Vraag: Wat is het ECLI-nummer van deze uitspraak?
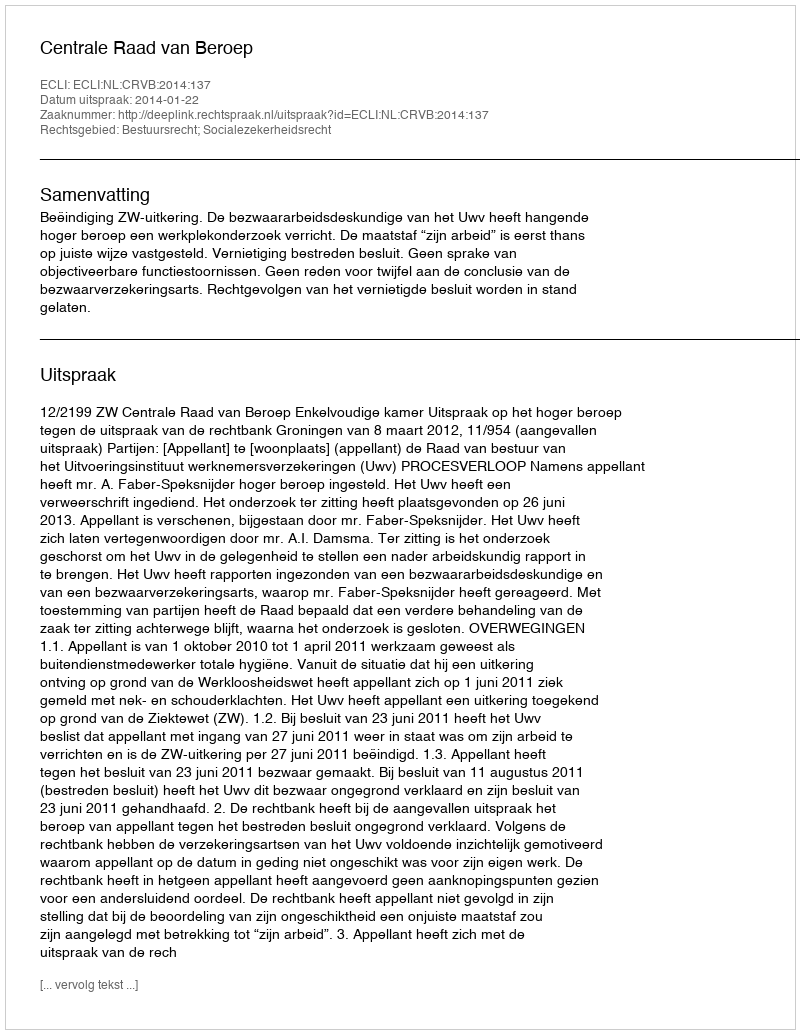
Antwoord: ECLI:NL:CRVB:2014:137